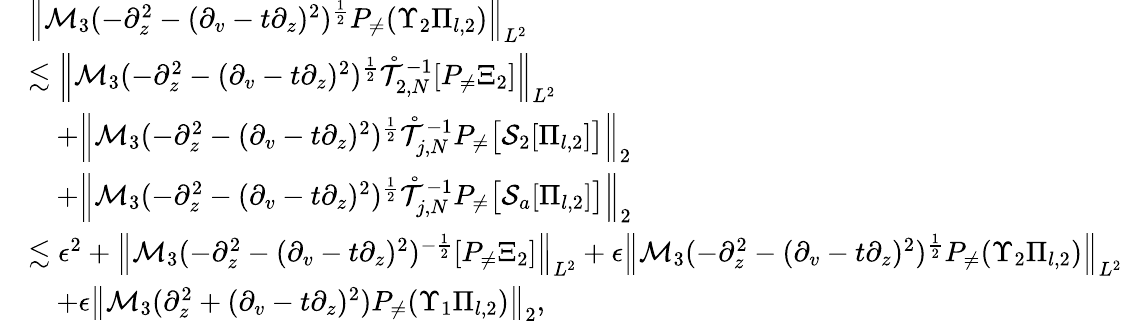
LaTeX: \begin{array}{rl}&{\left\| \mathcal{M}_{3}(-\partial_{z}^{2}-(\partial_{v}-t\partial_{z})^{2})^{\frac 12}P_{\neq}(\Upsilon_{2}\Pi_{l,2})\right\| _{L^{2}}}\\ &{\lesssim\left\| \mathcal{M}_{3}(-\partial_{z}^{2}-(\partial_{v}-t\partial_{z})^{2})^{\frac 12}\mathring{\mathcal{T}}_{2,N}^{-1}[P_{\neq}\Xi_{2}]\right\| _{L^{2}}}\\ &{\quad+\left\| \mathcal{M}_{3}(-\partial_{z}^{2}-(\partial_{v}-t\partial_{z})^{2})^{\frac 12}\mathring{\mathcal{T}}_{j,N}^{-1}P_{\neq}\big[\mathcal{S}_{2}[\Pi_{l,2}]\big]\right\| _{2}}\\ &{\quad+\left\| \mathcal{M}_{3}(-\partial_{z}^{2}-(\partial_{v}-t\partial_{z})^{2})^{\frac 12}\mathring{\mathcal{T}}_{j,N}^{-1}P_{\neq}\big[\mathcal{S}_{a}[\Pi_{l,2}]\big]\right\| _{2}}\\ &{\lesssim\epsilon^{2}+\left\| \mathcal{M}_{3}(-\partial_{z}^{2}-(\partial_{v}-t\partial_{z})^{2})^{-\frac 12}[P_{\neq}\Xi_{2}]\right\| _{L^{2}}+\epsilon\left\| \mathcal{M}_{3}(-\partial_{z}^{2}-(\partial_{v}-t\partial_{z})^{2})^{\frac 12}P_{\neq}(\Upsilon_{2}\Pi_{l,2})\right\| _{L^{2}}}\\ &{\quad{+\epsilon\left\| \mathcal{M}_{3}(\partial_{z}^{2}+(\partial_{v}-t\partial_{z})^{2})P_{\neq}(\Upsilon_{1}\Pi_{l,2})\right\| _{2}},}\end{array}